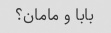
بابا و مامان؟